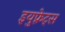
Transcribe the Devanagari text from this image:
इयुफ़्रेट्स